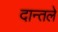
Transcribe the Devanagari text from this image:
दान्तले